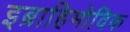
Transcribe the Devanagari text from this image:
इब्राहिमोविक